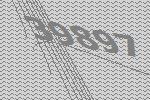
39897